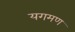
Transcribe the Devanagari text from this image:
यगमण